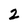
Character: 2